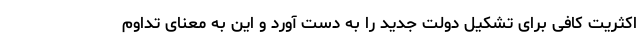
اکثریت کافی برای تشکیل دولت جدید را به دست آورد و این به معنای تداوم